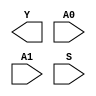
module sky130_fd_sc_ms__mux2i (
    Y ,
    A0,
    A1,
    S
);

    output Y ;
    input  A0;
    input  A1;
    input  S ;

    // Voltage supply signals
    supply1 VPWR;
    supply0 VGND;
    supply1 VPB ;
    supply0 VNB ;

endmodule